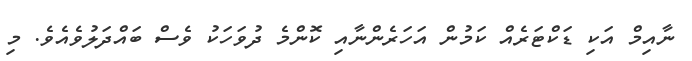
ނާއިމް އަކި ޑަކްޓަރެއް ކަމުން އަހަރެންނާއި ކޮންމެ ދުވަހަކު ވެސް ބައްދަލުވެއެވެ. މި